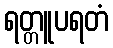
ရတ္တူပရတံ